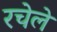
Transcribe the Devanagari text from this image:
रचेले